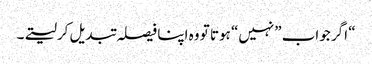
“ اگر جواب ”نہیں“ ہوتا تو وہ اپنا فیصلہ تبدیل کرلیتے۔